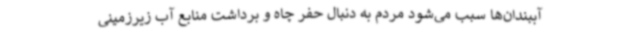
آببندان‌ها سبب می‌شود مردم به دنبال حفر چاه و برداشت منابع آب زیرزمینی